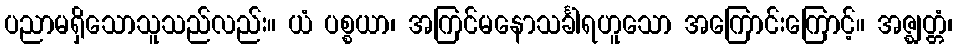
ပညာမရှိသောသူသည်လည်း။ ယံ ပစ္စယာ၊ အကြင်မနောသင်္ခါရဟူသော အကြောင်းကြောင့်။ အဇ္ဈတ္တံ၊